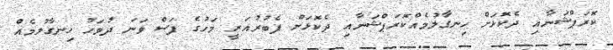
ކޮރަޕްޝަނާއި ދެކޮޅަށް ހިނގާލުމެއްކޮރަޕްޝަނާއި ދެކޮޅަށް ފެބުރުއަރީ މަހުގެ ފަސް ވަނަ ދުވަހު ހިނގާލުމެއް